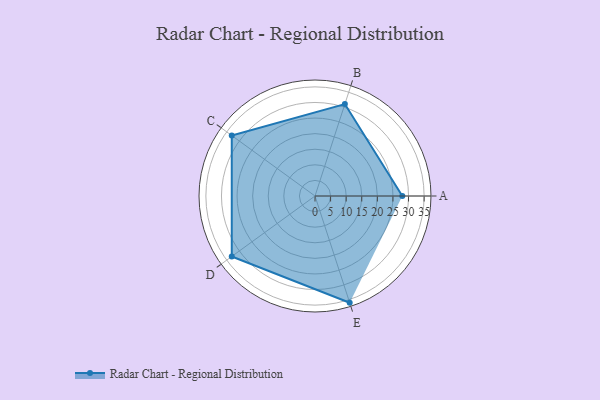
{"axis": {"x": "Skill", "y": "Score"}, "legend": ["Profile"], "data": [{"x": "A", "y": 28.0, "type": "Profile"}, {"x": "B", "y": 31.0, "type": "Profile"}, {"x": "C", "y": 33.0, "type": "Profile"}, {"x": "D", "y": 33.0, "type": "Profile"}, {"x": "E", "y": 36.0, "type": "Profile"}]}